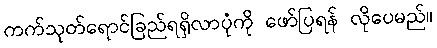
ကက်သုတ်ရောင်ခြည်ရရှိလာပုံကို ဖော်ပြရန် လိုပေမည်။